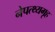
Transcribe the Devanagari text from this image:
नेपत्थ्यगृह